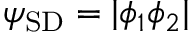
\psi _ { \mathrm { S D } } = | \phi _ { 1 } \phi _ { 2 } |